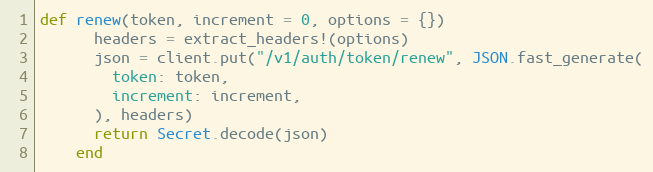
Language: Ruby
def renew(token, increment = 0, options = {})
      headers = extract_headers!(options)
      json = client.put("/v1/auth/token/renew", JSON.fast_generate(
        token: token,
        increment: increment,
      ), headers)
      return Secret.decode(json)
    end